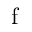
\mathrm { f }